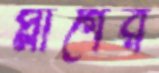
প্লাগের